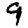
Digit: 9